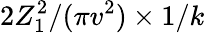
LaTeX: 2Z_{1}^{2}/(\pi v^{2})\times 1/k